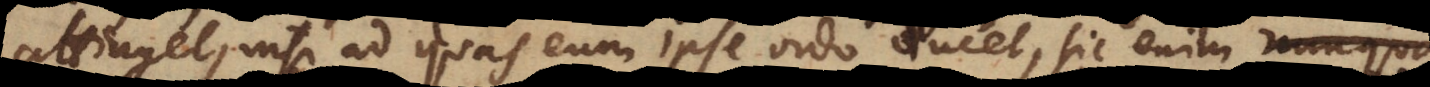
attinget, nisi ad quas eum ipse ordo ducet, sic enim semper